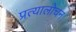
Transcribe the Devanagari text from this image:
प्रत्यालोचन